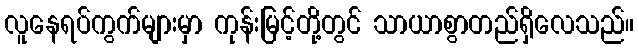
လူနေရပ်ကွက်များမှာ ကုန်းမြင့်တို့တွင် သာယာစွာတည်ရှိလေသည်။